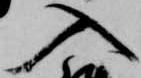
入